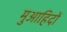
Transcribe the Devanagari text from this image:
मुआहिदों